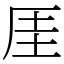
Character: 厓